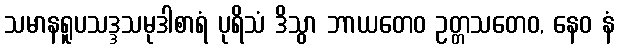
သမာနရူပသဒ္ဒသမုဒါစာရံ ပုရိသံ ဒိသွာ ဘာယတေဝ ဥတ္တသတေဝ, နေဝ နံ